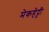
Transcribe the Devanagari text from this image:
मेकहेट्टी